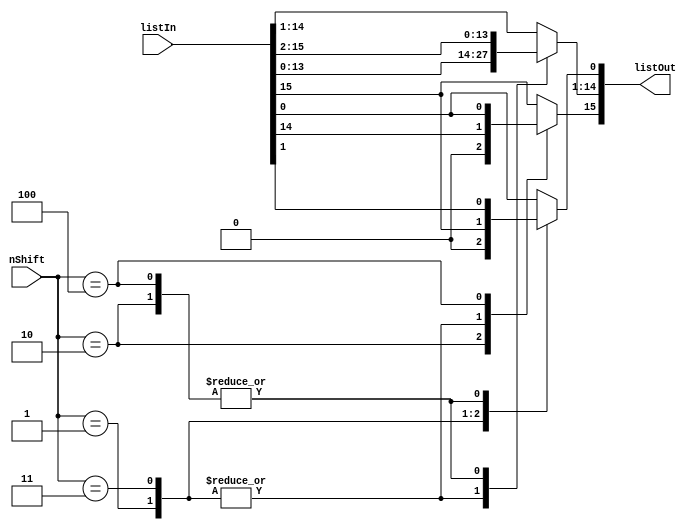
module shifter (
	output reg[15:0] listOut,
	input [15:0] listIn,
	input [2:0] nShift
);

always @(listIn or nShift)
begin
	case(nShift) 
	3'b000: begin // default
	listOut[15:0] <= listIn[15:0]; 
	end
	
	3'b001: begin // linear shift(left)
	listOut[15:1] <= listIn[14:0]; 
	listOut[0] <= 0;
	end
	
	3'b010: begin // linear shift(right)
	listOut[14:0] <= listIn[15:1]; 
	listOut[15] <= 0;
	end
	
	3'b011: begin // circular shift(left)
	listOut[15:1] <= listIn[14:0]; 
	listOut[0] <= listIn[15];
	end
	
	3'b100: begin // circular shift (right)
	listOut[14:0] <= listIn[15:1]; 
	listOut[15] <= listIn[0];
	end
	
	default: listOut[15:0] <= listIn[15:0];
	
	endcase
end
endmodule